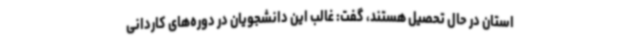
استان در حال تحصیل هستند، گفت: غالب این دانشجویان در دوره‌های کاردانی